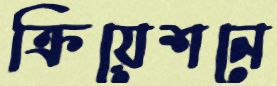
ক্রিয়েশনে